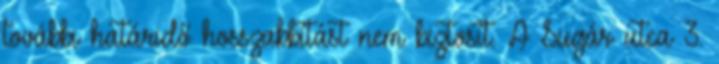
további határidő hosszabbítást nem biztosít. A Sugár utca 3.